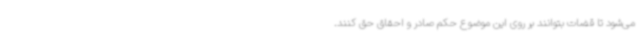
می‌شود تا قضات بتوانند بر روی این موضوع حکم صادر و احقاق حق کنند.